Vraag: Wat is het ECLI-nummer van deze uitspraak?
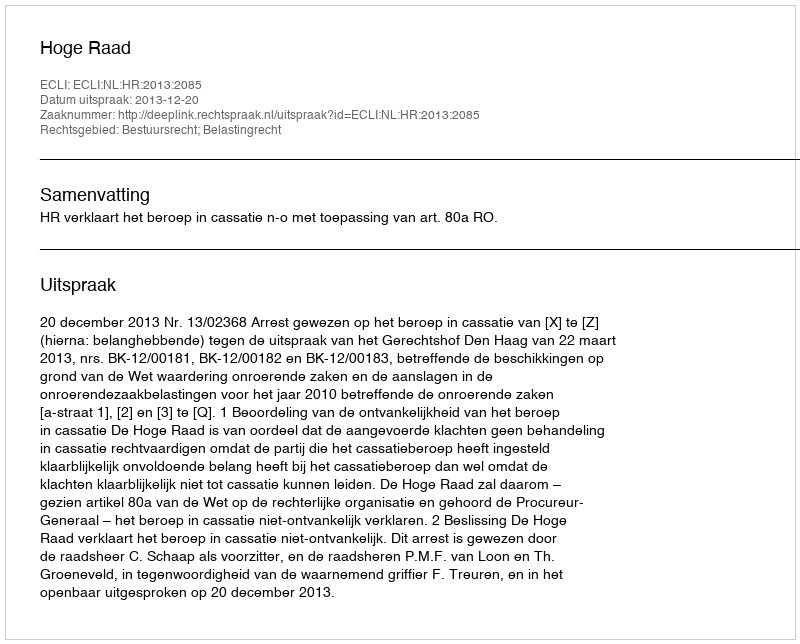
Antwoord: ECLI:NL:HR:2013:2085